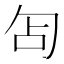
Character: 𭅇